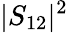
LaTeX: |S_{12}|^{2}